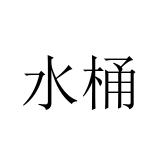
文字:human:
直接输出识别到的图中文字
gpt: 水桶